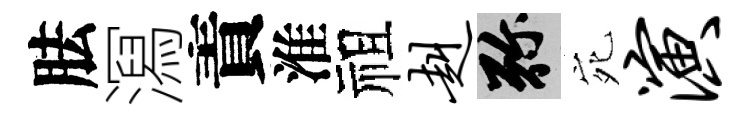
胠㵼責淮祖赳弥宛演